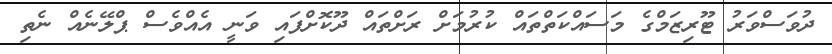
ދުވަސްވަރު ޓޫރިޒަމްގެ މަސައްކަތްތައް ކުރުމަށް ރަށްތައް ދޫކޮށްފައި ވަނީ އެއްވެސް ޕްލޭނެއް ނެތި